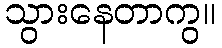
သွားနေတာကွ။